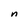
Character: n